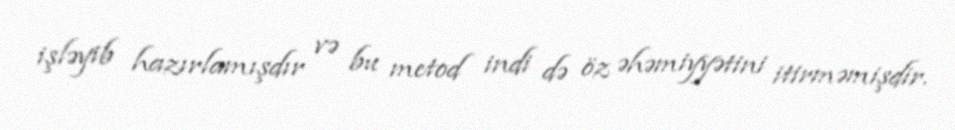
işləyib hazırlamışdır və bu metod indi də öz əhəmiyyətini itirməmişdir.